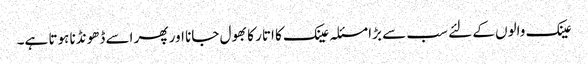
عینک والوں کے لئے سب سے بڑا مسئلہ عینک کا اتار کا بھول جانا اور پھر اسے ڈھونڈنا ہوتا ہے۔